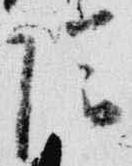
陰